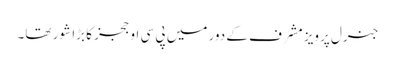
جنرل پرویز مشرف کے دور میں پی سی او ججز کا بڑا شور تھا۔